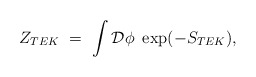
\begin{align*}Z_{TEK} \ = \ \int \mathcal{D}\phi \ \exp(-S_{TEK}),\end{align*}